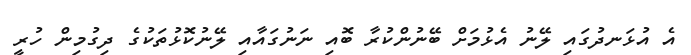
އެ އުޅަނދުގައި ލޭނު އެޅުމަށް ބޭނުންކުރާ ބޮއި ނަނުގައާއި ލޭނުކޮޅުތަކުގެ ދިގުމިން ހުރީ